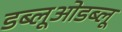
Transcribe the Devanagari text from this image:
डब्लूओडब्लू